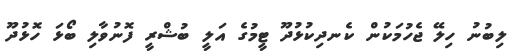
ލިބުނު ހިލޭ ޖެހުމަކުން ކެނދިކުޅުދޫ ޓީމުގެ އަލީ ބުޝްރީ ފޮނުވާލި ބޯޅަ ހޮޅުދޫ